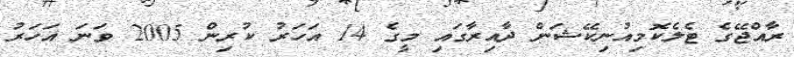
ރާއްޖޭގެ ޓެލެކޮމިއުނިކޭޝަން ދާއިރާގައި މީގެ 14 އަހަރު ކުރިން 2005 ވަނަ އަހަރު